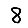
Digit: 8